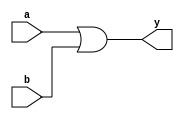
module or_gate(a,b,y);
  input a,b;
  output y;
  assign y=a|b;
endmodule